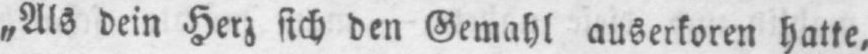
den Gemahl auserkoren hatte,